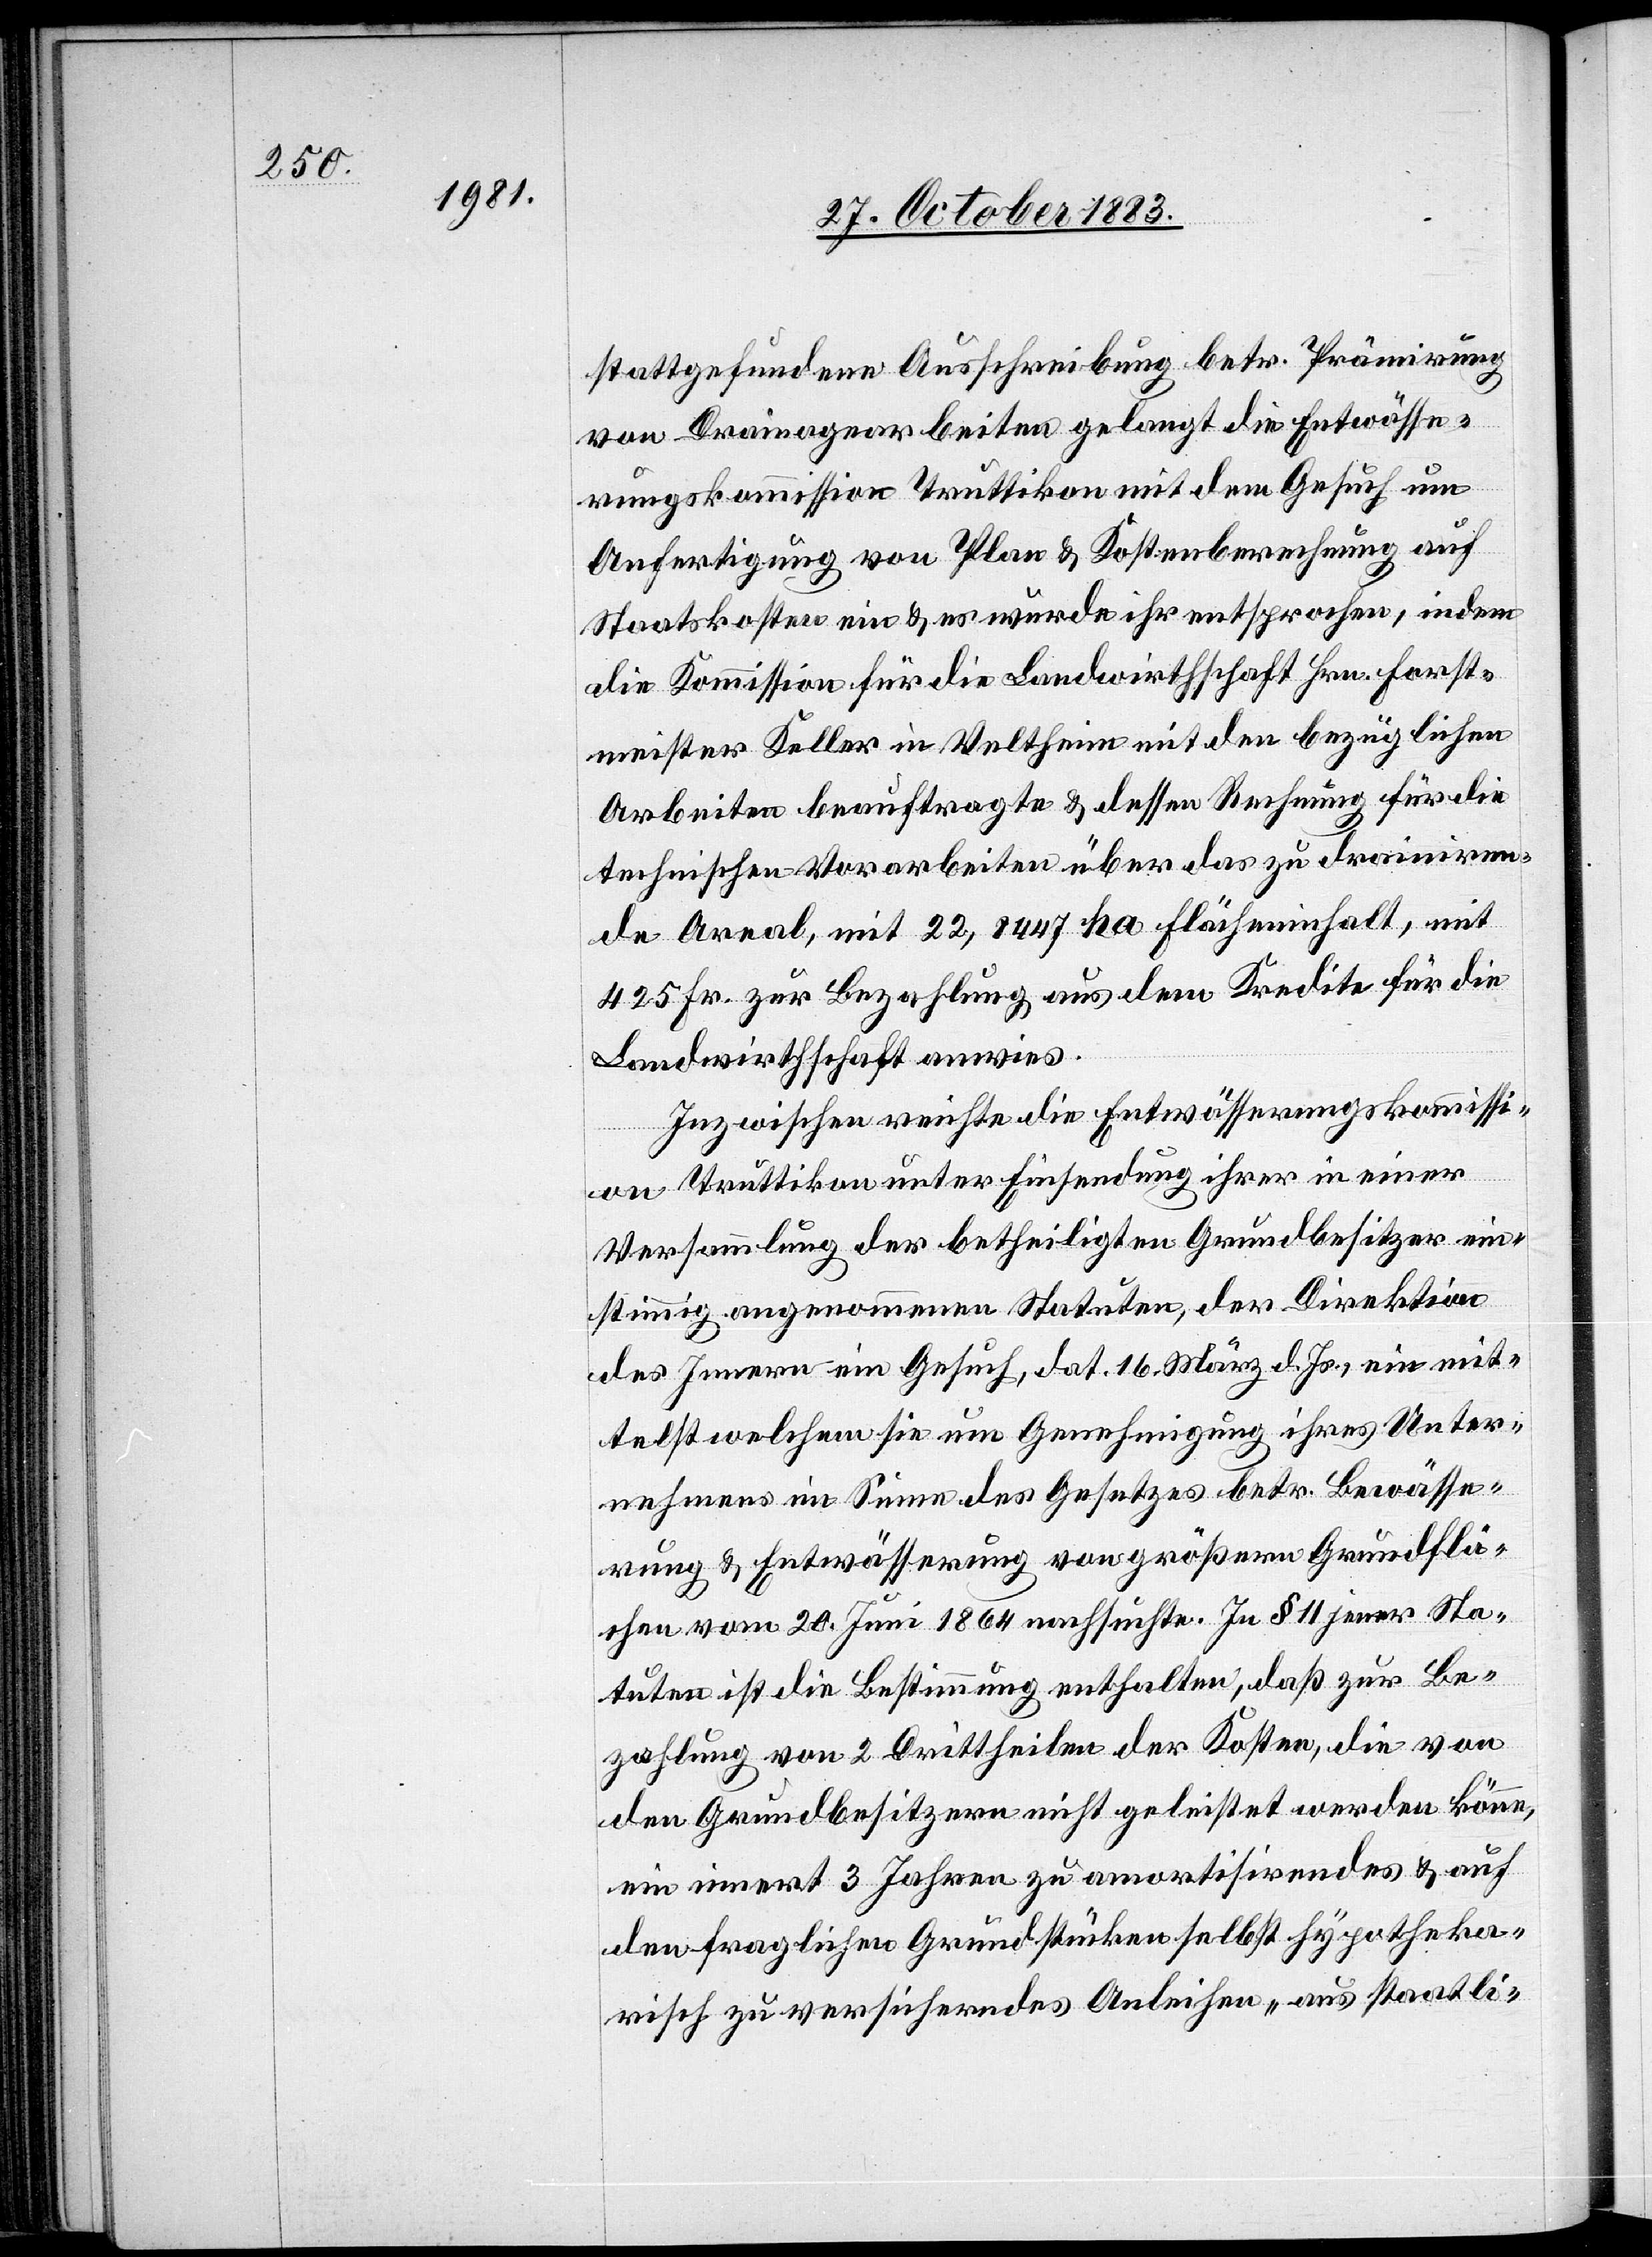
stattgefundene Ausschreibung betr. Prämirung
von Drainagearbeiten gelangt die Entwässe¬
rungskommission Truttikon mit dem Gesuch um
Anfertigung von Plan & Kostenberechnung auf
Staatskosten ein & es wurde ihr entsprochen, indem
die Kommission für die Landwirthschaft Hrn. Forst¬
meister Keller in Veltheim mit den bezüglichen
Arbeiten beauftrage & dessen Rechnung für die
technischen Vorarbeiten über das zu drainiren¬
de Areal, mit 22,8447 ha Flächeninhalt, mit
425 Fr. zur Bezahlung aus dem Kredite für die
Landwirthschaft anwies.
Inzwischen reichte die Entwässerungskommissi¬
on Truttikon unter Einsendung ihrer in einer
Versammlung der betheiligten Grundbesitzer ein¬
stimmig angenommene Statuten, der Direktion
des Innern ein Gesuch, dat. 16. März d. Js. ein[,] mit¬
telst welchem sie um Genehmigung ihres Unter¬
nehmens im Sinne des Gesetzes betr. Bewässe¬
rung & Entwässerung von größern Grundflä¬
chen vom 20. Juni 1864 nachsuchte. In § 11 jener Sta¬
tuten ist die Bestimmung enthalten, daß zur Be¬
zahlung von 2 Drittheilen der Kosten, die von
den Grundbesitzern nicht geleistet werden könne,
ein innert 3 Jahre zu amortisirendes & auf
den fraglichen Grundstücken selbst hypotheka¬
risch zu versicherndes Anleihen „aus staatli-